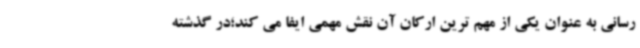
رسانی به عنوان یکی از مهم ترین ارکان آن نقش مهمی ایفا می کند؛در گذشته